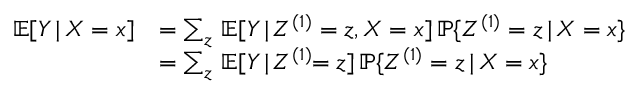
\begin{array} { r l } { \ensuremath { \mathbb E } [ \ensuremath { Y } \, | \, \ensuremath { X } = \ensuremath { x } ] } & { = \sum _ { z } \, \ensuremath { \mathbb E } [ \ensuremath { Y } \, | \, \ensuremath { Z } ^ { ( 1 ) } = z , \ensuremath { X } = \ensuremath { x } ] \, \ensuremath { \mathbb P } \{ \ensuremath { Z } ^ { ( 1 ) } = z \, | \, \ensuremath { X } = \ensuremath { x } \} } \\ & { = \sum _ { z } \, \ensuremath { \mathbb E } [ \ensuremath { Y } \, | \, \ensuremath { Z } ^ { ( 1 ) } \! \! = z ] \, \ensuremath { \mathbb P } \{ \ensuremath { Z } ^ { ( 1 ) } = z \, | \, \ensuremath { X } = \ensuremath { x } \} } \end{array}